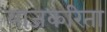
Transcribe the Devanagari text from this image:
याजकरिता